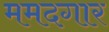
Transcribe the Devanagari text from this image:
ममदगार